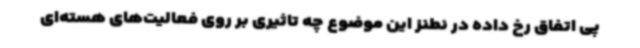
پی اتفاق رخ داده در نطنز این موضوع چه تاثیری بر روی فعالیت‌های هسته‌ای